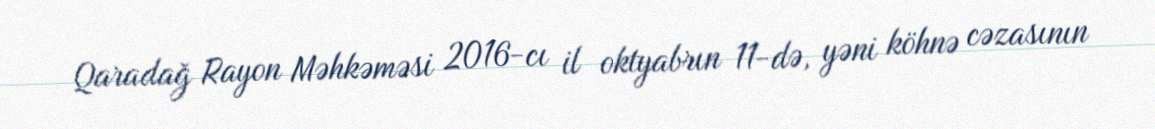
Qaradağ Rayon Məhkəməsi 2016-cı il oktyabrın 11-də, yəni köhnə cəzasının